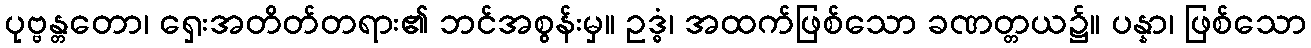
ပုဗ္ဗန္တတော၊ ရှေးအတိတ်တရား၏ ဘင်အစွန်းမှ။ ဥဒ္ဓံ၊ အထက်ဖြစ်သော ခဏတ္တယ၌။ ပန္နာ၊ ဖြစ်သော